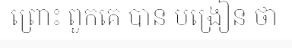
ព្រោះ ពួកគេ បាន បង្រៀន ថា